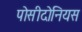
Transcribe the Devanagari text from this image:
पोसीदोनियस